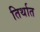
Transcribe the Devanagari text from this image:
तिर्थात